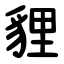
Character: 貍